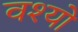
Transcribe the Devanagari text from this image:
वश्यो